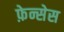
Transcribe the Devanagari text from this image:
फ़ेन्सेस